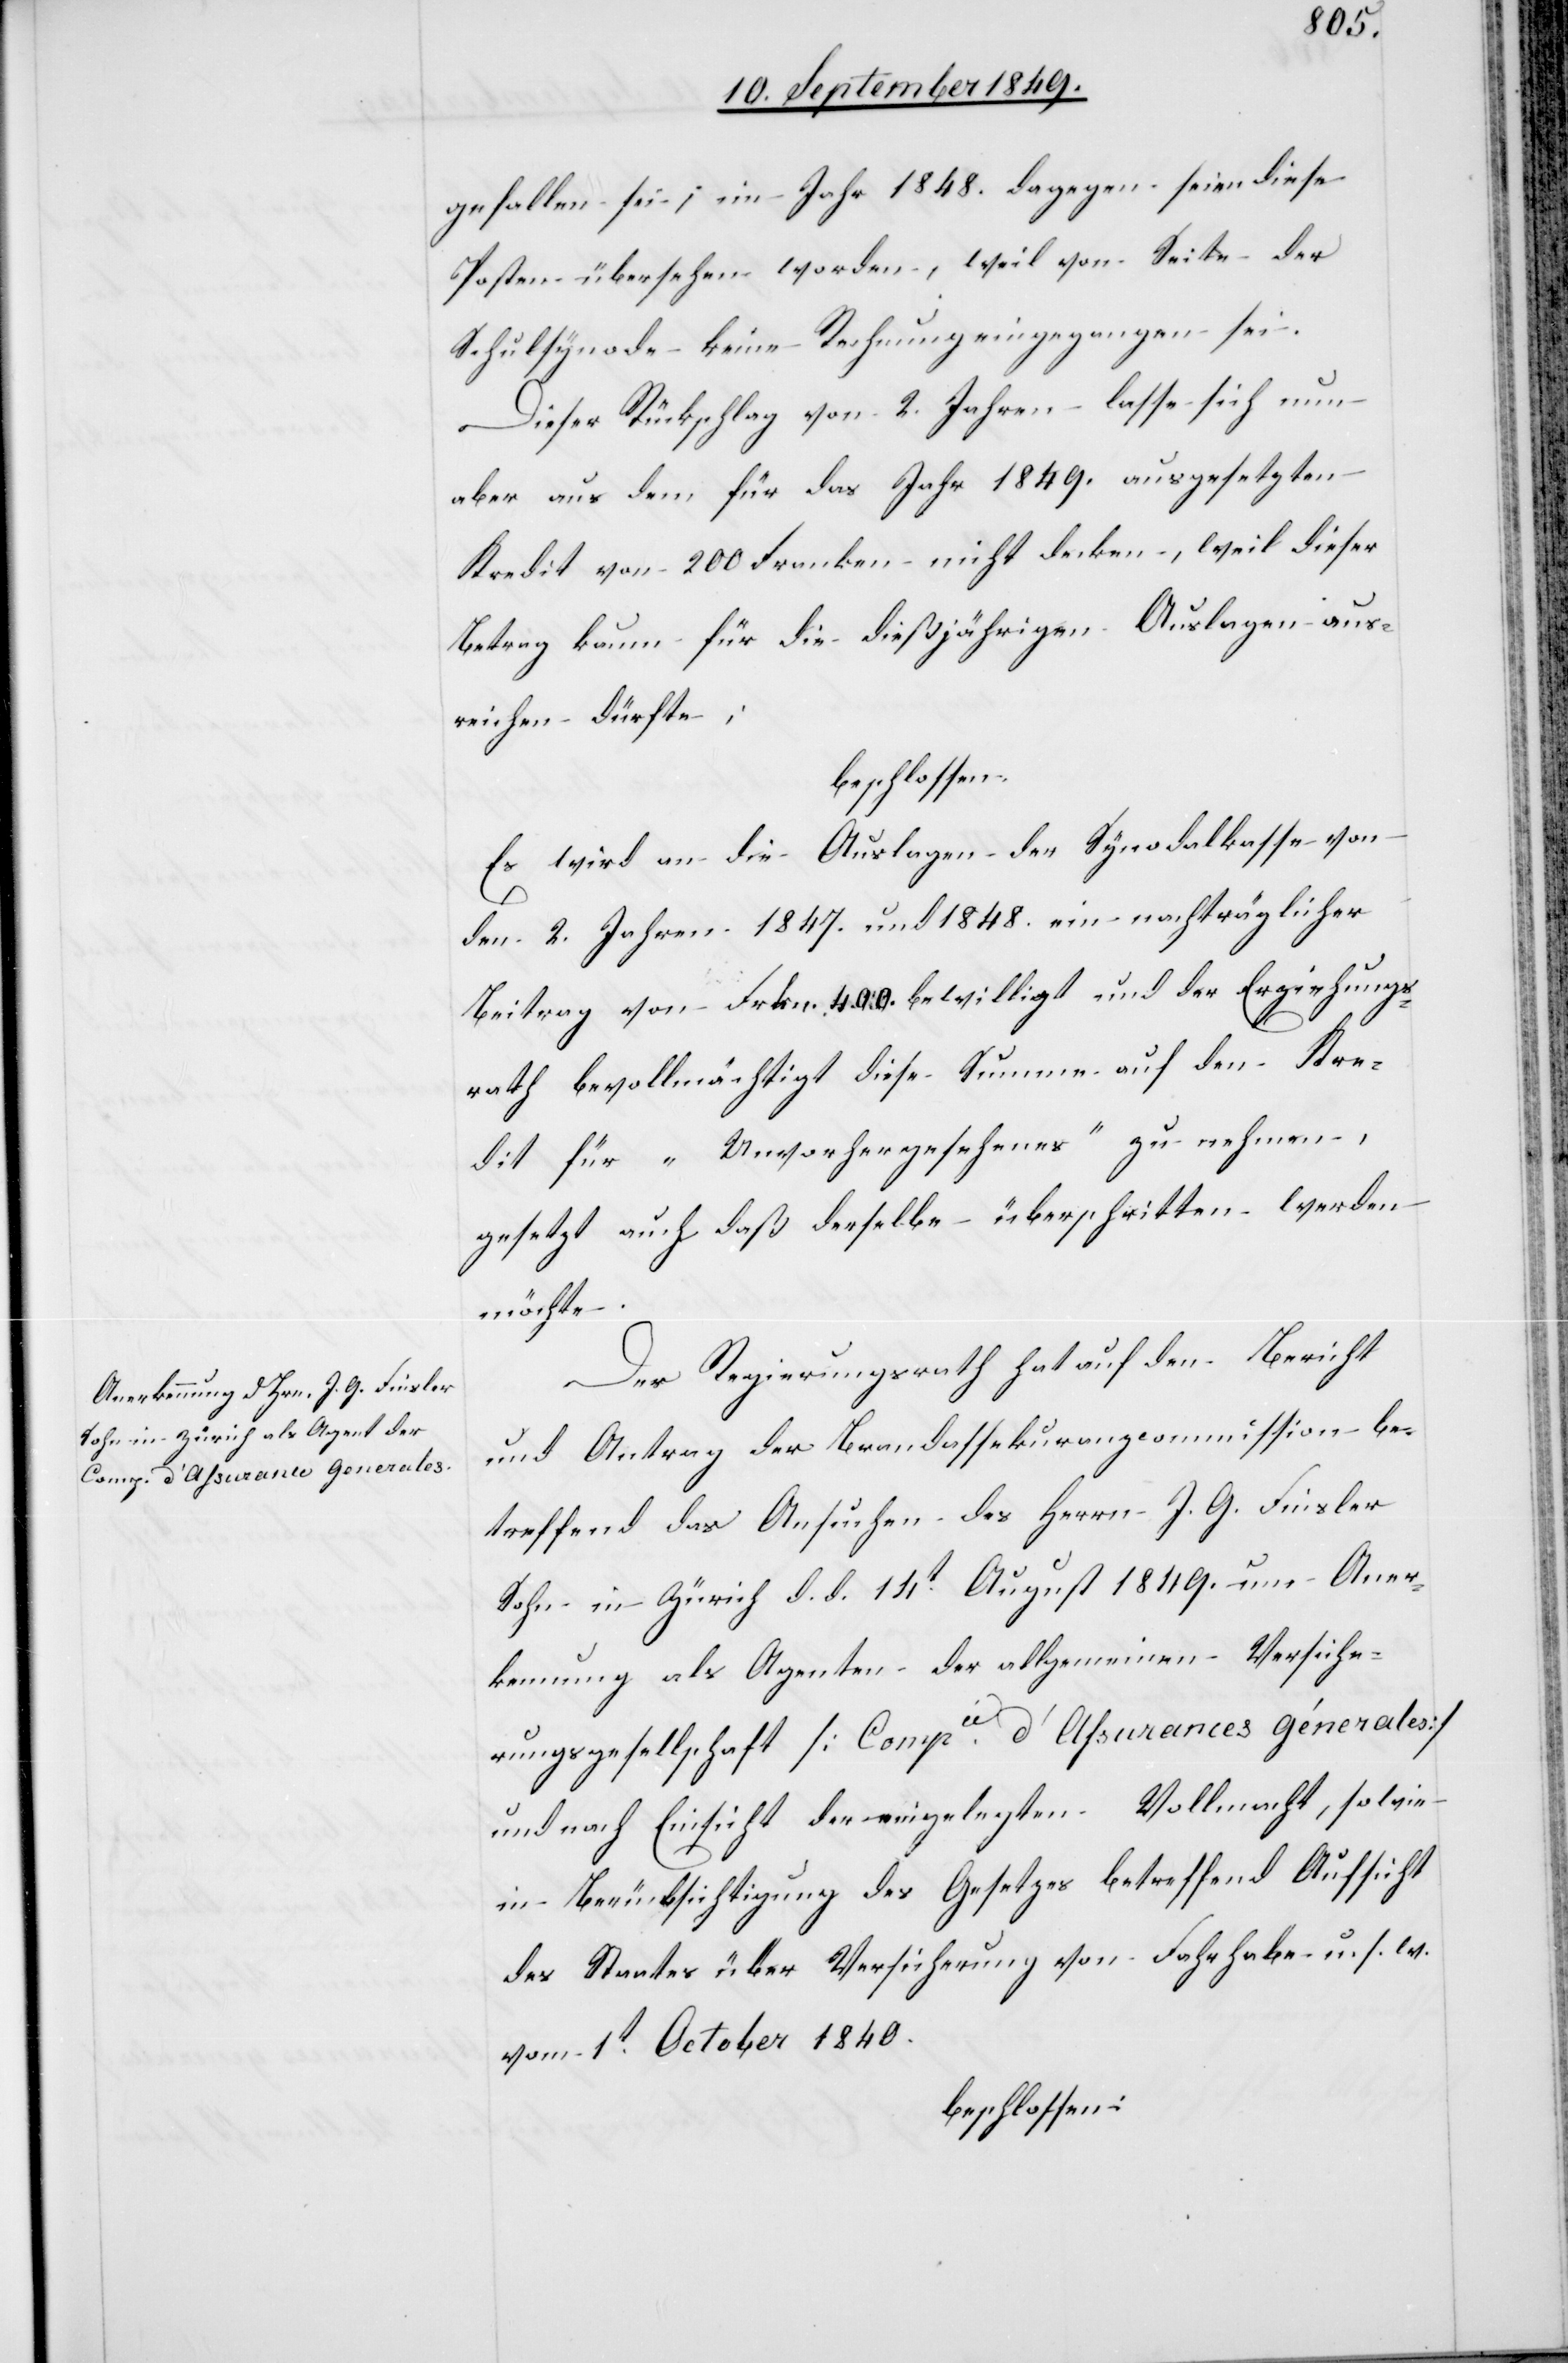
gefallen sei; im Jahr 1848. dagegen seien diese
Posten übersehen worden, weil von Seite der
Schulsynode keine Rechnung eingegangen sei.
Dieser Rückschlag von 2. Jahren lasse sich nun
aber aus dem für das Jahr 1849. ausgesetzten
Kredit von 200 Franken nicht decken, weil dieser
Betrag kaum für die dießjährigen Auslagen aus¬
reichen dürfte;
beschlossen:
Es wird an die Auslagen der Synodekasse von
den 2. Jahren 1847. und 1848. ein nachträglicher
Beitrag von Frkn. 400. bewilligt und der Erziehungs¬
rath bevollmächtigt diese Summe auf den Kre¬
dit für „Unvorhergesehenes“ zu nehmen,
gesetzt auch daß derselbe überschritten werden
möchte.
Der Regierungsrath hat auf den Bericht
und Antrag der Brandassekuranzcommission be¬
treffend das Ansuchen des Herrn J. G. Finsler
Sohn in Zürich d. d. 14t August 1849. um Aner¬
kennung als Agenten der allgemeinen Versiche¬
rungsgesellschaft [Compie d’Assurances génerales]
und nach Einsicht der eingelegten Vollmacht, sowie
in Berücksichtigung des Gesetzes betreffend Aufsicht
des Staates über Versicherung von Fahrhabe u. s. w.
vom 1t October 1840.
beschlossen: